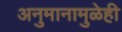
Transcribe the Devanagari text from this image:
अनुमानामुळेही